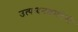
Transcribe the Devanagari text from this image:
उत्पादनक्षमतेची